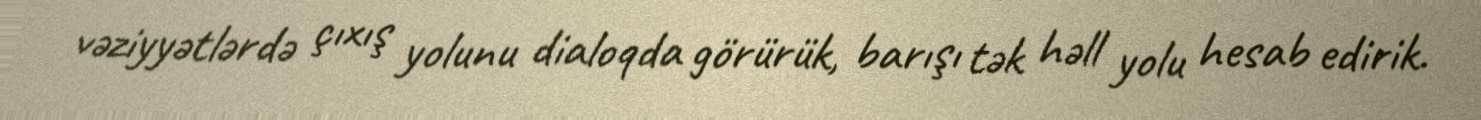
vəziyyətlərdə çıxış yolunu dialoqda görürük, barışı tək həll yolu hesab edirik.